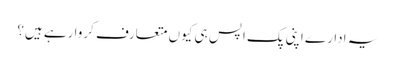
یہ ادارے اپنی پک اپس ہی کیوں متعارف کروا رہے ہیں؟